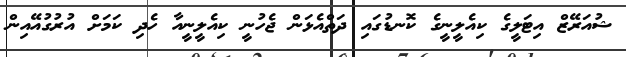
ޝުއަރޭޒް އިޓަލީގެ ކިއެލީނީގެ ކޮނޑުގައި ދަތްއެޅަން ޖެހުނީ ކިއެލީނީއާ ހެދި ކަމަށް އުރުގުއޭއިން